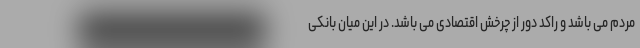
مردم می باشد و راکد دور از چرخش اقتصادی می باشد. در این میان بانکی